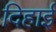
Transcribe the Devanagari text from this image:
दिहाई